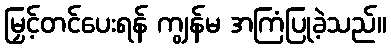
မြှင့်တင်ပေးရန် ကျွန်မ အကြံပြုခဲ့သည်။